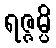
ရဇ္ဇမ္ပိ